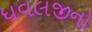
ધવલજીનો